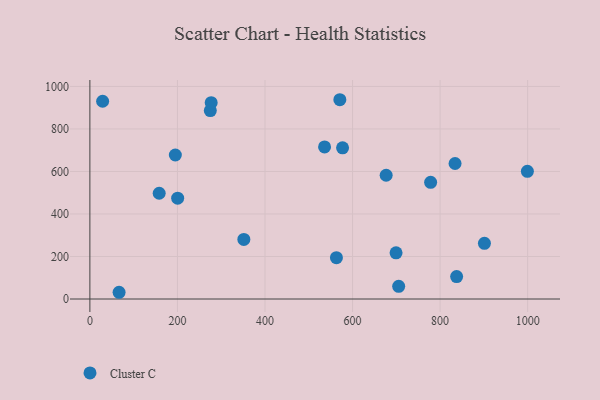
{"axis": {"x": "Distance", "y": "Profit"}, "legend": ["Cluster C"], "data": [{"x": "351.7", "y": 280.3, "type": "Cluster C"}, {"x": "778.4", "y": 549.0, "type": "Cluster C"}, {"x": "195.2", "y": 677.4, "type": "Cluster C"}, {"x": "275.1", "y": 886.6, "type": "Cluster C"}, {"x": "29.1", "y": 930.3, "type": "Cluster C"}, {"x": "277.1", "y": 923.6, "type": "Cluster C"}, {"x": "200.5", "y": 474.6, "type": "Cluster C"}, {"x": "577.2", "y": 711.1, "type": "Cluster C"}, {"x": "901.3", "y": 262.1, "type": "Cluster C"}, {"x": "676.8", "y": 582.2, "type": "Cluster C"}, {"x": "837.8", "y": 105.6, "type": "Cluster C"}, {"x": "66.7", "y": 31.7, "type": "Cluster C"}, {"x": "536.1", "y": 715.4, "type": "Cluster C"}, {"x": "571.0", "y": 937.5, "type": "Cluster C"}, {"x": "158.3", "y": 497.5, "type": "Cluster C"}, {"x": "563.2", "y": 194.7, "type": "Cluster C"}, {"x": "999.4", "y": 600.5, "type": "Cluster C"}, {"x": "699.4", "y": 217.3, "type": "Cluster C"}, {"x": "834.2", "y": 637.4, "type": "Cluster C"}, {"x": "705.4", "y": 59.7, "type": "Cluster C"}]}